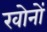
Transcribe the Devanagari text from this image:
खोनों